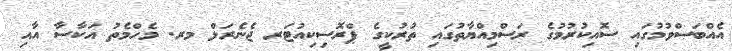
އެއްބަސްވުމުގައި ސޮއިކުރުމުގެ ރަސްމިއްޔާތުގައި ތުރުކީގެ ޕްރޮސިކިއުޓަރ ޖެނެރަލް މރ. މެހްމެތު އަކާސާ އާއި